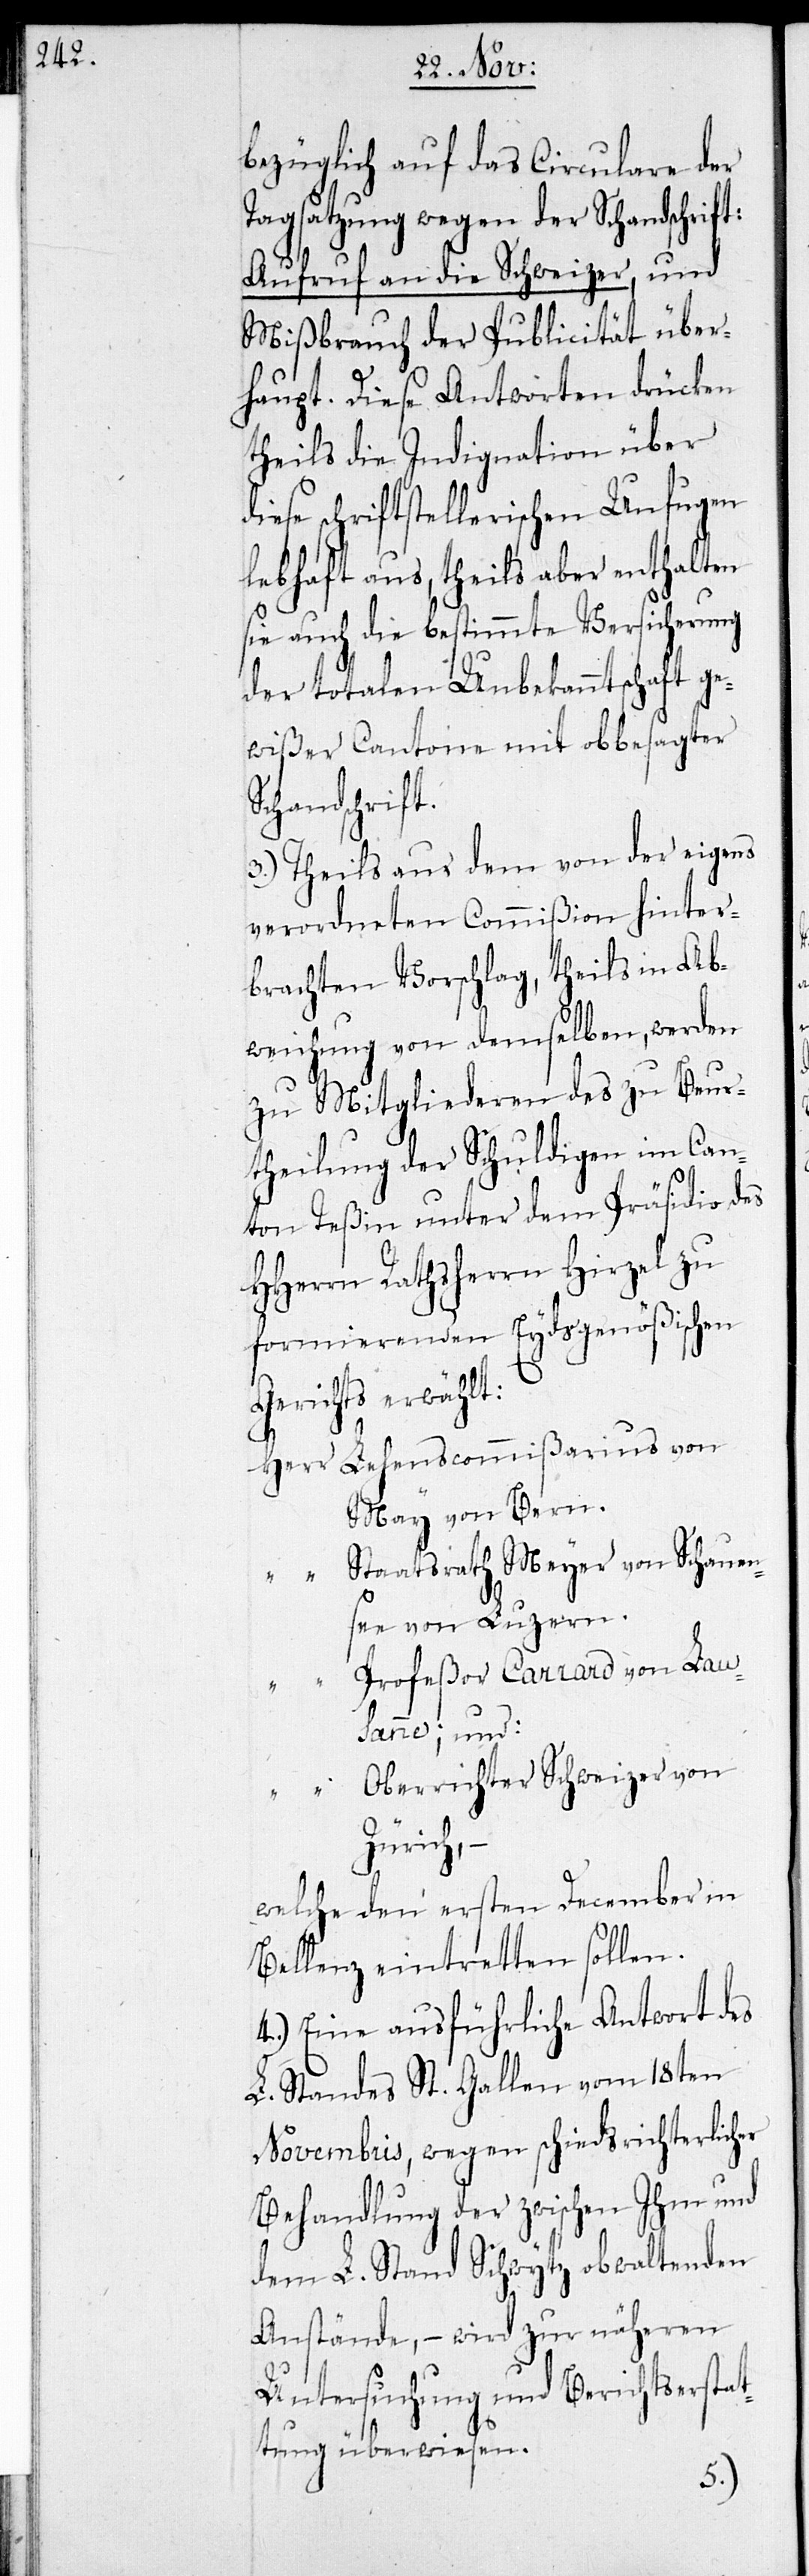
bezüglich auf das Circulare der
Tagsatzung wegen der Schandschrift:
Aufruf an die Schweizer und
Mißbrauch der Publicität über¬
haupt. Diese Antworten drücken
theils die Indignation über
diese schriftstellerischen Unfugen
lebhaft aus, theils aber enthalten
sie auch die bestimmte Versicherung
der totalen Unbekanntschaft ge¬
wißer Cantone mit obbesagter
Schandschrift.
3.) Theils aus dem von der eigens
verordneten Commißion hinter¬
brachten Vorschlag, theils in Ab¬
weichung von demselben, werden
zu Mitgliederen des zu Beur¬
theilung der Schuldigen im Can¬
ton Teßin unter dem Präsidio des
HHerrn Rathsherrn Hirzel zu
formierenden Eydsgenößischen
Gerichts erwählt:
Herr Lehenscommißarius von
May, von Bern
“ Staatsrath Meyer von Schauen¬
see von Luzern
Profeßor Carrard von Lau¬
sanne; und:
“ Oberrichter Schweizer von
Zürich, -
welche den ersten December in
Bellenz eintretten sollen.
4.) Eine ausführliche Antwort des
L. Standes St. Gallen vom 18ten
Novembris, wegen schiedsrichterlicher
Behandlung der zwischen ihm und
dem L. Stand Schwytz obwaltenden
Anstände, – wird zur näheren
Untersuchung und Berichtserstat¬
tung überwiesen.